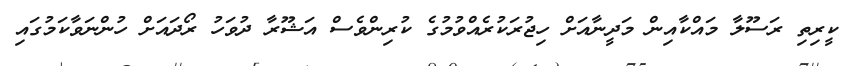
ކީރިތި ރަސޫލާ މައްކާއިން މަދީނާއަށް ހިޖުރަކުރެއްވުމުގެ ކުރިންވެސް އަޝޫރާ ދުވަހު ރޯދައަށް ހުންނަވާކަމުގައި